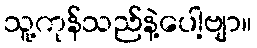
သူ့ကုန်သည်နဲ့ပေါ့ဗျာ။